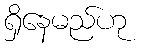
ရှိနေမည်ဟု